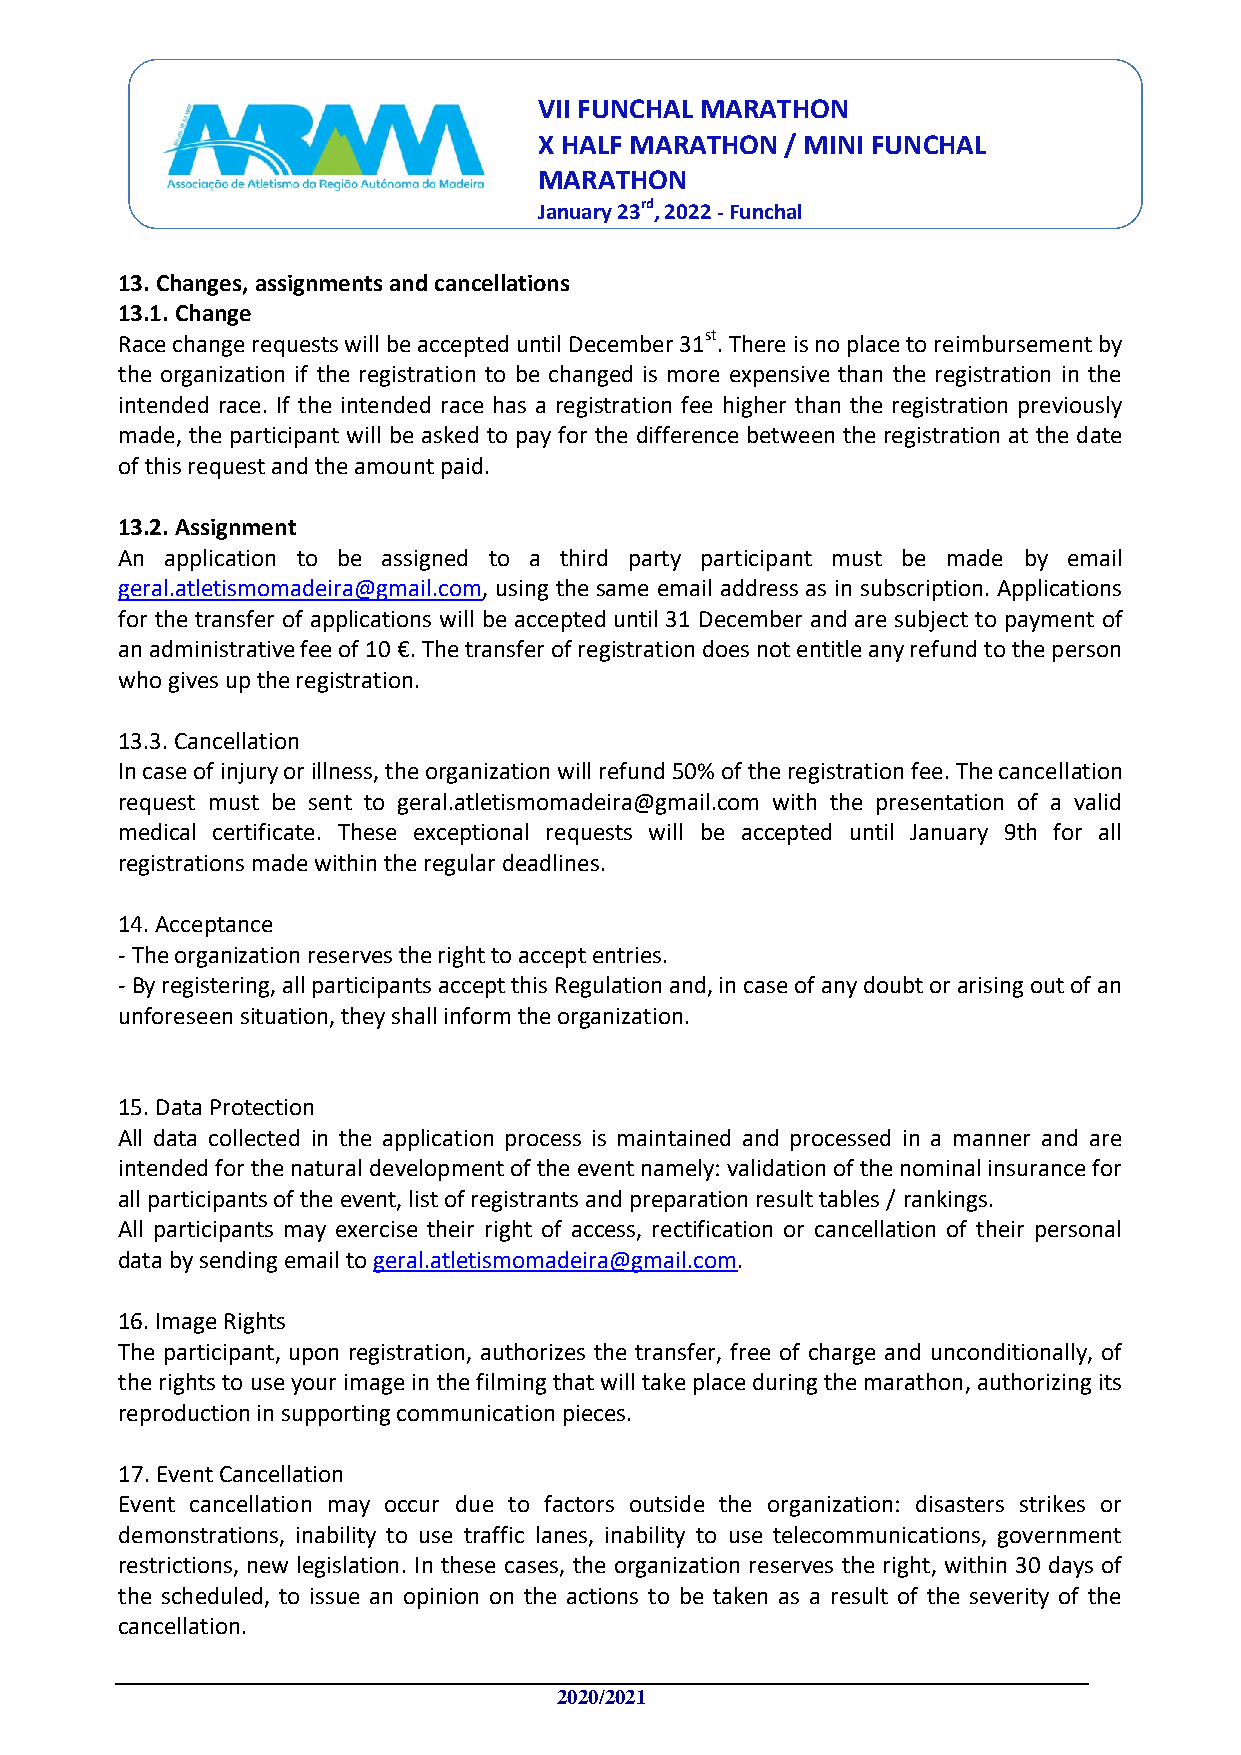
VII FUNCHAL MARATHON
 X HALF MARATHON / MINI FUNCHAL
 MARATHON
 January 23rd, 2022 - Funchal
 13. Changes, assignments and cancellations
 13.1. Change
 Race change requests will be accepted until December 31st. There is no place to reimbursement by
 the organization if the registration to be changed is more expensive than the registration in the
 intended race. If the intended race has a registration fee higher than the registration previously
 made, the participant will be asked to pay for the difference between the registration at the date
 of this request and the amount paid.
 13.2. Assignment
 An application to be assigned to a third party participant must be made by email
 geral.atletismomadeira@gmail.com, using the same email address as in subscription. Applications
 for the transfer of applications will be accepted until 31 December and are subject to payment of
 an administrative fee of 10 €. The transfer of registration does not entitle any refund to the person
 who gives up the registration.
 13.3. Cancellation
 In case of injury or illness, the organization will refund 50% of the registration fee. The cancellation
 request must be sent to geral.atletismomadeira@gmail.com with the presentation of a valid
 medical certificate. These exceptional requests will be accepted until January 9th for all
 registrations made within the regular deadlines.
 14. Acceptance
 - The organization reserves the right to accept entries.
 - By registering, all participants accept this Regulation and, in case of any doubt or arising out of an
 unforeseen situation, they shall inform the organization.
 15. Data Protection
 All data collected in the application process is maintained and processed in a manner and are
 intended for the natural development of the event namely: validation of the nominal insurance for
 all participants of the event, list of registrants and preparation result tables / rankings.
 All participants may exercise their right of access, rectification or cancellation of their personal
 data by sending email to geral.atletismomadeira@gmail.com.
 16. Image Rights
 The participant, upon registration, authorizes the transfer, free of charge and unconditionally, of
 the rights to use your image in the filming that will take place during the marathon, authorizing its
 reproduction in supporting communication pieces.
 17. Event Cancellation
 Event cancellation may occur due to factors outside the organization: disasters strikes or
 demonstrations, inability to use traffic lanes, inability to use telecommunications, government
 restrictions, new legislation. In these cases, the organization reserves the right, within 30 days of
 the scheduled, to issue an opinion on the actions to be taken as a result of the severity of the
 cancellation.
 2020/2021